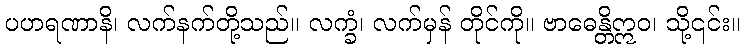
ပဟရဏာနိ၊ လက်နက်တို့သည်။ လက္ခံ၊ လက်မှန် တိုင်ကို။ ဗာဓေန္တိဣဝ၊ သို့၎င်း။